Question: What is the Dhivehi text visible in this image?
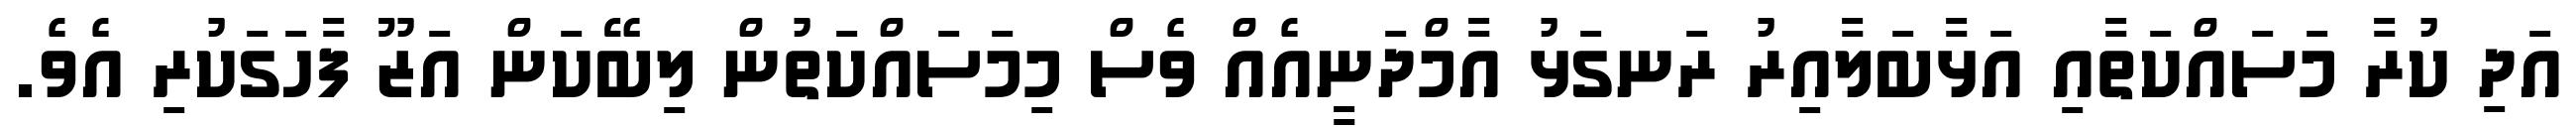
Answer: އަދި ކުރާ މަސައްކަތާއި އަޅާބަލާއިރު ރަނގަޅު އާމްދަނީއެއް ވެސް މިމަސައްކަތުން ލިބޭކަން އަޒޫ ފާހަގަކުރި އެވެ.